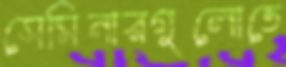
সেমিনারগুলোতে